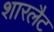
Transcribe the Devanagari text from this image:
शारलैट